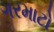
ગરમાટો